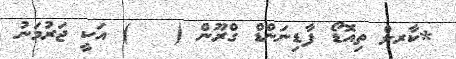
*ކާރލް ތިއޮޑޯ ފާޑިނަންޑް ގްރޫން (   ) އަކީ ޖަރުމަނު